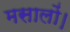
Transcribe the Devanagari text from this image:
मसालों।